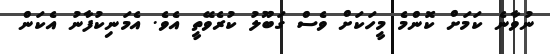
ނުވާނެ ކަމަށް ކޮންމެ މީހަކަށް ވެސް ގަބޫލު ކުރެވޭތީ އެވެ. އެމަނިކުފާނު އެކަން